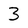
Character: 3